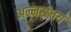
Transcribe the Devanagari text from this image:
अन्नसंचय